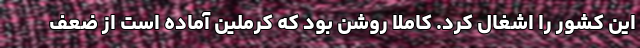
این کشور را اشغال کرد. کاملاً روشن بود که کرملین آماده است از ضعف